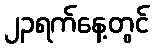
၂၃ရက်နေ့တွင်